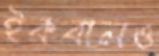
ইকবালও